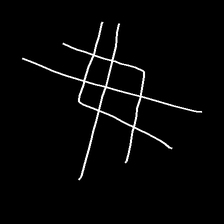
Glyph: crystal